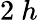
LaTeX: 2~h